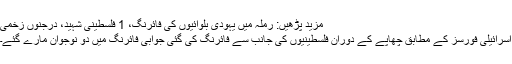
مزید پڑھیں: رملہ میں یہودی بلوائیوں کی فائرنگ، 1 فلسطینی شہید، درجنوں زخمی
اسرائیلی فورسز کے مطابق چھاپے کے دوران فلسطینیوں کی جانب سے فائرنگ کی گئی جوابی فائرنگ میں دو نوجوان مارے گئے۔